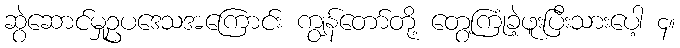
ဆွဲဆောင်မှုဥပဒေသအကြောင်း ကျွန်တော်တို့ တွေ့ကြုံခဲ့ဖူးပြီးသားပေါ့ ၄။